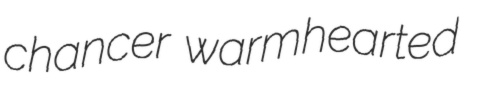
chancer warmhearted